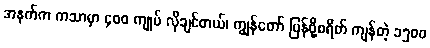
အနက်က ကသာမှာ ၄၀၀ ကျုပ် လိုချင်တယ်၊ ကျွန်တော် ပြန်ဖို့စရိတ် ကျန်တဲ့ ၁၅၀၀